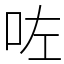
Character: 咗